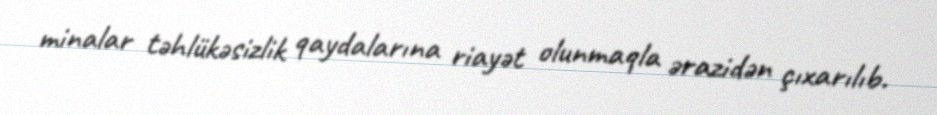
minalar təhlükəsizlik qaydalarına riayət olunmaqla ərazidən çıxarılıb.